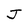
Character: J